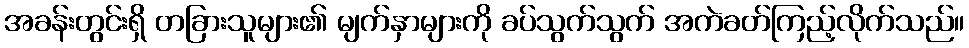
အခန်းတွင်းရှိ တခြားသူများ၏ မျက်နှာများကို ခပ်သွက်သွက် အကဲခတ်ကြည့်လိုက်သည်။